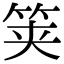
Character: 䇲